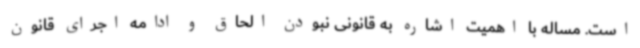
است. مساله با اهمیت اشاره به قانونی نبودن الحاق و ادامه اجرای قانون